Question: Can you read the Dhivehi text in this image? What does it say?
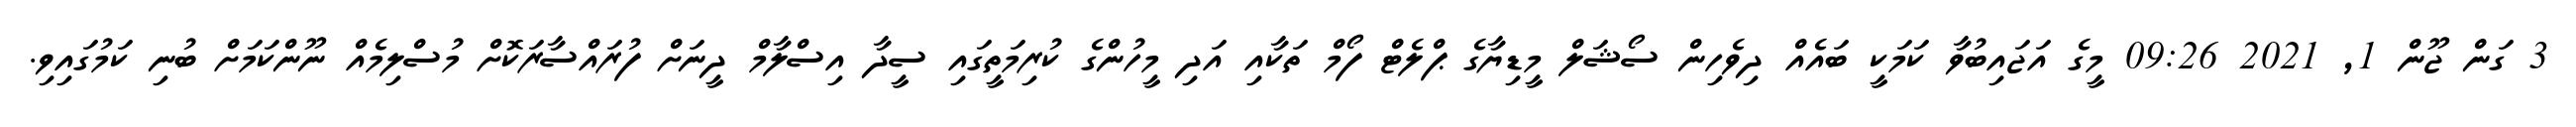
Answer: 3 ގަން ޖޫން 1, 2021 09:26 މީގެ އަޖައިބުވާ ކަމަކީ ބައެއް ދިވެހިން ސޯޝަލް މީޑިޔާގެ ޕްލެޓް ފޯމް ތަކާއި އަދި މީހުންގެ ކުރިމަތީގައި ސީދާ އިސްލާމް ދީނަށް ފުރައްސާރަކޮށް މުސްލިމެއް ނޫންކަމަށް ބުނި ކަމުގައިވި.